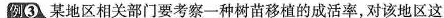
例③某地区相关部门要考察一种树苗移植的成活率，对该地区这